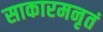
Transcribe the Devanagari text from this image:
साकारमनृतं